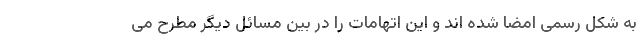
به شکل رسمی امضا شده اند و این اتهامات را در بین مسائل دیگر مطرح می